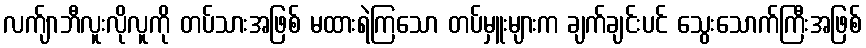
လက်ျာဘီလူးလိုလူကို တပ်သားအဖြစ် မထားရဲကြသော တပ်မှူးများက ချက်ချင်းပင် သွေးသောက်ကြီးအဖြစ်